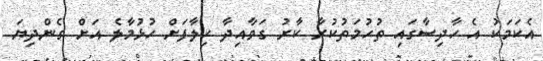
އެކަމަކު އެ ހާދިސާގައި ތުހުމަތުކުރާ ކާރު ގަވާއިދާ ހިލާފަށް ހުޅުމާލެ އަށް ގެންދިޔަ